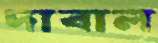
দাবাল